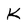
Character: K